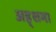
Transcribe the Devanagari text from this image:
अह्शमा